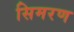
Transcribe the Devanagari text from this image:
सिमरण